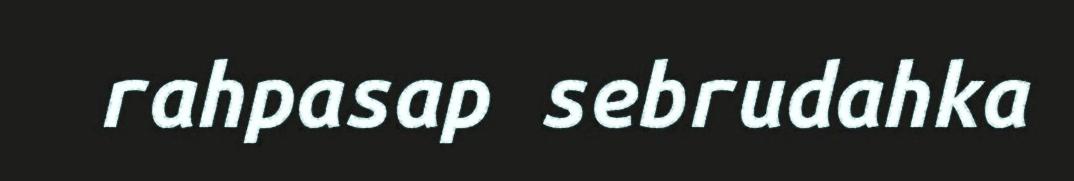
rahpasap sebrudahka